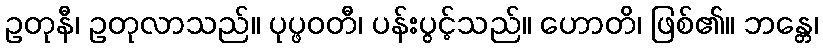
ဥတုနီ၊ ဥတုလာသည်။ ပုပ္ဖဝတီ၊ ပန်းပွင့်သည်။ ဟောတိ၊ ဖြစ်၏။ ဘန္တေ၊